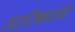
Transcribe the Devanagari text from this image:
अलीकडचे